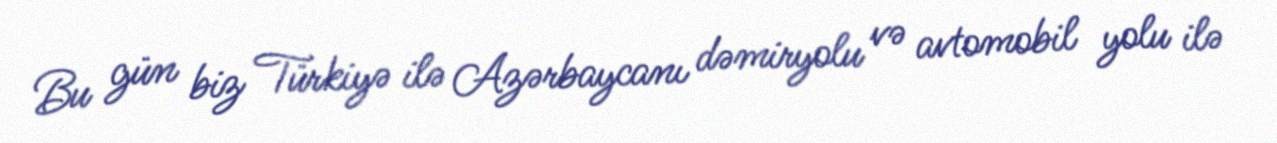
Bu gün biz Türkiyə ilə Azərbaycanı dəmiryolu və avtomobil yolu ilə